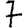
Digit: 7